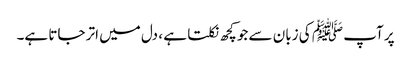
پر آپ ﷺ کی زبان سے جو کچھ نکلتا ہے ، دل میں اتر جاتا ہے۔